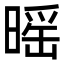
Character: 暚